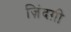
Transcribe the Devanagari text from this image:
ज़िंदग़ी